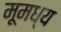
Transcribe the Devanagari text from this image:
मूमध्य